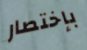
بإختصار